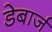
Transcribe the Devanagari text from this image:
डेबार्ज